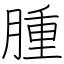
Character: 腫